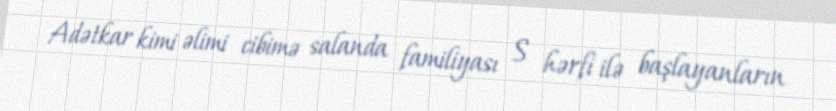
Adətkar kimi əlimi cibimə salanda familiyası S hərfi ilə başlayanların